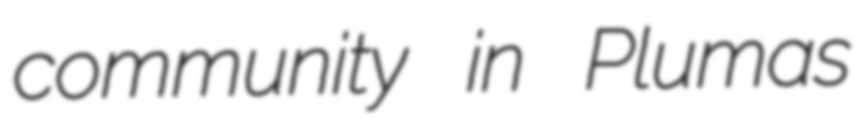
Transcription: community in Plumas